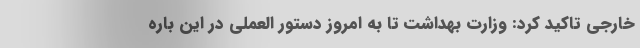
خارجی تاکید کرد: وزارت بهداشت تا به امروز دستور العملی در این باره